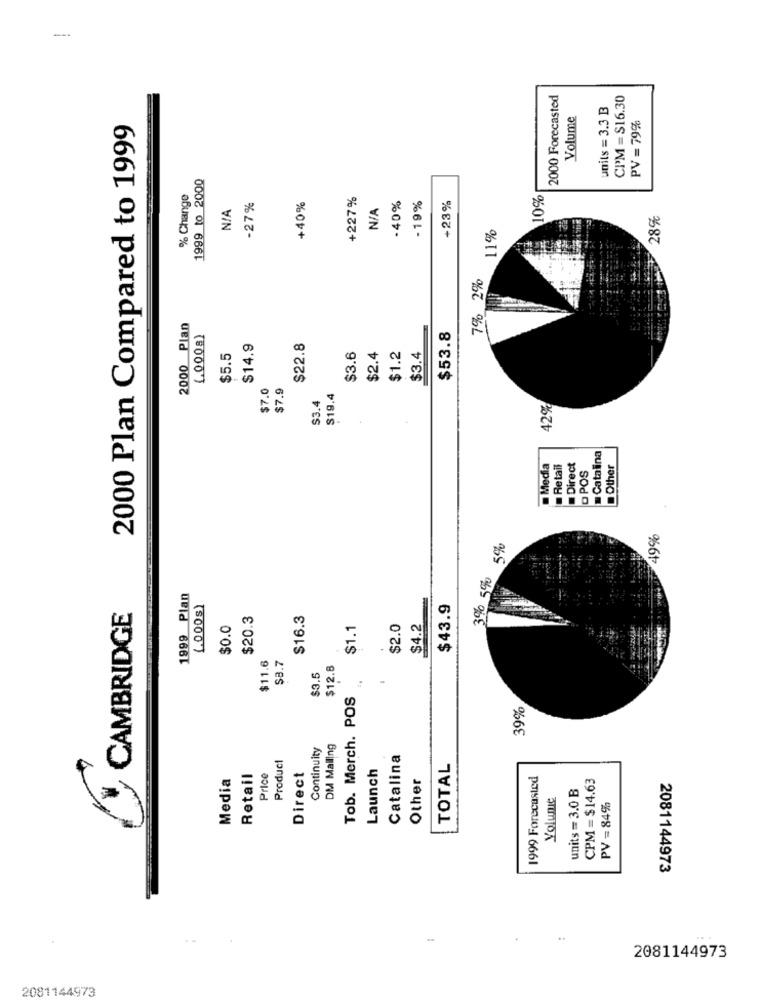
--
2000 Forecasted
CPM = $16.30
units = 3.3 B
Volume
PV = 79%
2000 Plan Compared to 1999
1999 to 2000
% Change
+227%
-40%
10%
-27%
+40%
- 19%
+23%
28%
11%
7% 2%
2000 Plan
(.000s)
$53.8
$14.9
$22.8
$5.5
$3.6
$2.4
$1.2
$3.4
$7.0
$7.9
S19.4
$3.4
42%
Catalina
Media
- Retail
Direct
O POS
Other
.....
49%
5%
3% 5%
1999 Plan
(.000s)
$43.9
CAMBRIDGE
$20.3
$16.3
$0.0
$1.1
$2.0
$4.2
$11.6
$3.7
$12.8
$3.5
Tob. Merch. POS
39%
Continuity
DM Malling
Product
Catalina
Launch
TOTAL
Media
Retail
Price
Direct
Other
1999 Forecasted
CPM =$14.63
units = 3.0 B
Yolunie
PV = 84%
2081144973
2081144973
2081144973